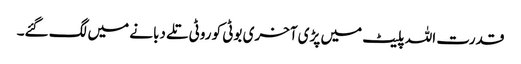
قدرت اللہ پلیٹ میں پڑی آخری بوٹی کو روٹی تلے دبانے میں لگ گئے۔